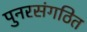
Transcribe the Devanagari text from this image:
पुनरसंगठित